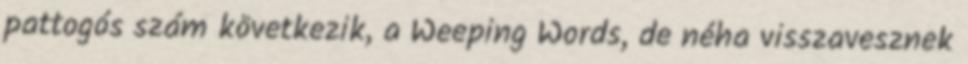
pattogós szám következik, a Weeping Words, de néha visszavesznek